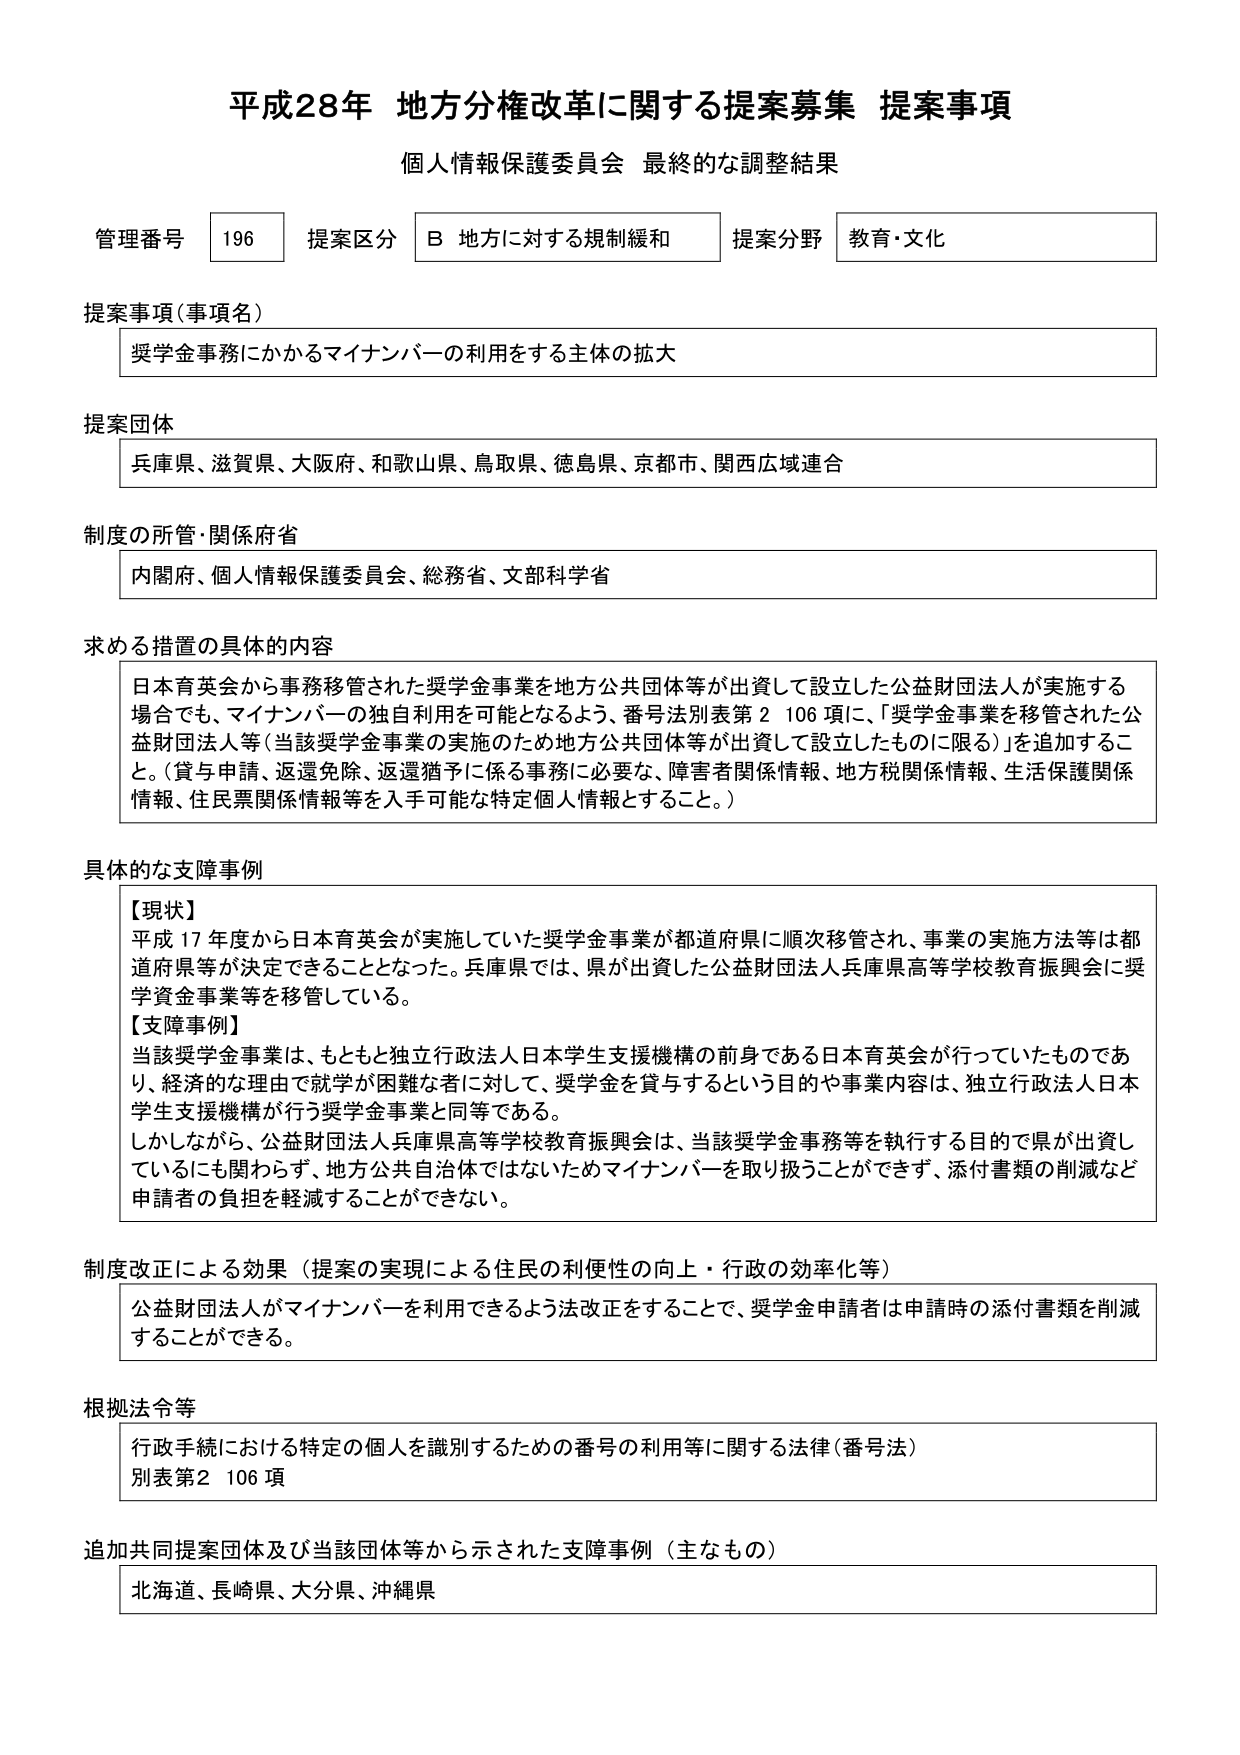
平成28年 地方分権改革に関する提案募集 提案事項
個人情報保護委員会 最終的な調整結果

管理番号 196 提案区分 B 地方に対する規制緩和 提案分野 教育・文化

提案事項（事項名）
奨学金事務にかかるマイナンバーの利用をする主体の拡大

提案団体
兵庫県、滋賀県、大阪府、和歌山県、鳥取県、徳島県、京都市、関西広域連合

制度の所管・関係府省
内閣府、個人情報保護委員会、総務省、文部科学省

求める措置の具体的内容
日本育英会から事務移管された奨学金事業を地方公共団体等が出資して設立した公益財団法人が実施する場合でも、マイナンバーの独自利用を可能となるよう、番号法別表第2 106項に、「奨学金事業を移管された公益財団法人等（当該奨学金事業の実施のため地方公共団体等が出資して設立したものに限る）」を追加すること。（貸与申請、返還免除、返還猶予に係る事務に必要な、障害者関係情報、地方税関係情報、生活保護関係情報、住民票関係情報等を入手可能な特定個人情報とすること。）

具体的な支障事例
【現状】
平成17年度から日本育英会が実施していた奨学金事業が都道府県に順次移管され、事業の実施方法等は都道府県等が決定できることとなった。兵庫県では、県が出資した公益財団法人兵庫県高等学校教育振興会に奨学金事業等を移管している。
【支障事例】
当該奨学金事業は、もともと独立行政法人日本学生支援機構の前身である日本育英会が行っていたものであり、経済的な理由で就学が困難な者に対して、奨学金を貸与するという目的や事業内容は、独立行政法人日本学生支援機構が行う奨学金事業と同等である。
しかしながら、公益財団法人兵庫県高等学校教育振興会は、当該奨学金事務等を執行する目的で県が出資しているにも関わらず、地方公共自治体ではないためマイナンバーを取り扱うことができず、添付書類の削減など申請者の負担を軽減することができない。

制度改正による効果（提案の実現による住民の利便性の向上・行政の効率化）
公益財団法人がマイナンバーを利用できるよう法改正をすることで、奨学金申請者は申請時の添付書類を削減することができる。

根拠法令等
行政手続における特定の個人を識別するための番号の利用等に関する法律（番号法）
別表第2 106項

追加共同提案団体及び当該団体等から示された支障事例（主なもの）
北海道、長崎県、大分県、沖縄県